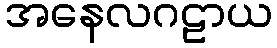
အနေလဂဠာယ